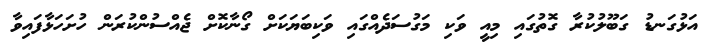
އަޅުގަނޑު ގަބޫލުކުރާ ގޮތުގައި މިއީ ވަކި މަގުސަދެއްގައި ވަކިބަޔަކަށް ގޯނާކޮށް ޖެއްސުންކުރަން ހުށަހަޅާފައިވާ